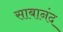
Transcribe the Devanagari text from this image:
साबानंद